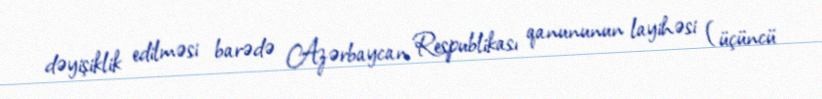
dəyişiklik edilməsi barədə Azərbaycan Respublikası qanununun layihəsi (üçüncü